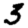
Digit: 3